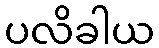
ပလိခါယ